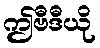
ဤဗီဒီယို